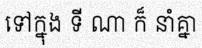
ទៅក្នុង ទី ណា ក៏ នាំគ្នា